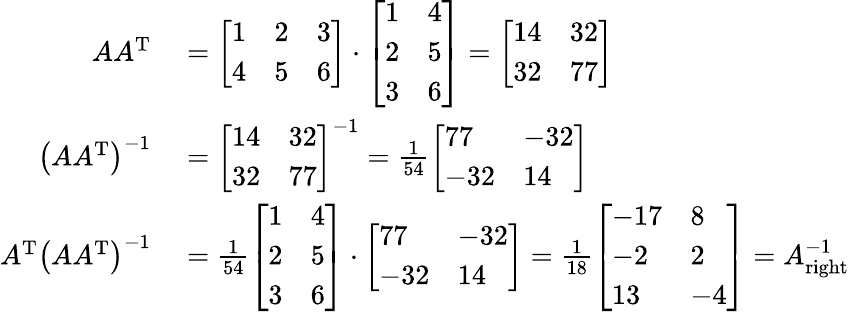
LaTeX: \begin{array}{rl}{AA^{\mathrm{T}}}&{{}={\left[\begin{array}{lll}{1}&{2}&{3}\\ {4}&{5}&{6}\end{array}\right]}\cdot{\left[\begin{array}{ll}{1}&{4}\\ {2}&{5}\\ {3}&{6}\end{array}\right]}={\left[\begin{array}{ll}{14}&{32}\\ {32}&{77}\end{array}\right]}}\\ {\left(AA^{\mathrm{T}}\right)^{-1}}&{{}={\left[\begin{array}{ll}{14}&{32}\\ {32}&{77}\end{array}\right]}^{-1}={\frac{1}{54}}{\left[\begin{array}{ll}{77}&{-32}\\ {-32}&{14}\end{array}\right]}}\\ {A^{\mathrm{T}}\left(AA^{\mathrm{T}}\right)^{-1}}&{{}={\frac{1}{54}}{\left[\begin{array}{ll}{1}&{4}\\ {2}&{5}\\ {3}&{6}\end{array}\right]}\cdot{\left[\begin{array}{ll}{77}&{-32}\\ {-32}&{14}\end{array}\right]}={\frac{1}{18}}{\left[\begin{array}{ll}{-17}&{8}\\ {-2}&{2}\\ {13}&{-4}\end{array}\right]}=A_{\mathrm{right}}^{-1}}\end{array}